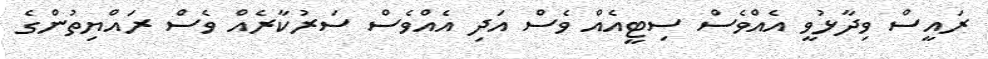
ރައީސް ވިދާޅުވީ އެއްވެސް ސިޓީއެއް ވެސް އަދި އެއްވެސް ސަރުކާރެއް ވެސް ރައްޔިތުންގެ